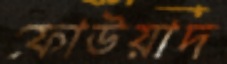
ফোউয়াদ